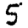
Digit: 5